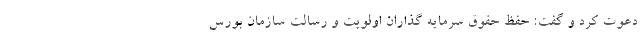
دعوت کرد و گفت: حفظ حقوق سرمایه گذاران اولویت و رسالت سازمان بورس